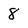
Character: 8